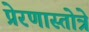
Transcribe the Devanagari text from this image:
प्रेरणास्तोत्रे